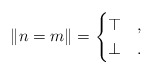
\begin{align*}\| n=m \| =\begin{cases}\top & , \\\bot & .\end{cases}\end{align*}